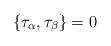
LaTeX: \begin{align*}\{\tau_\alpha, \tau_\beta\} = 0 \end{align*}